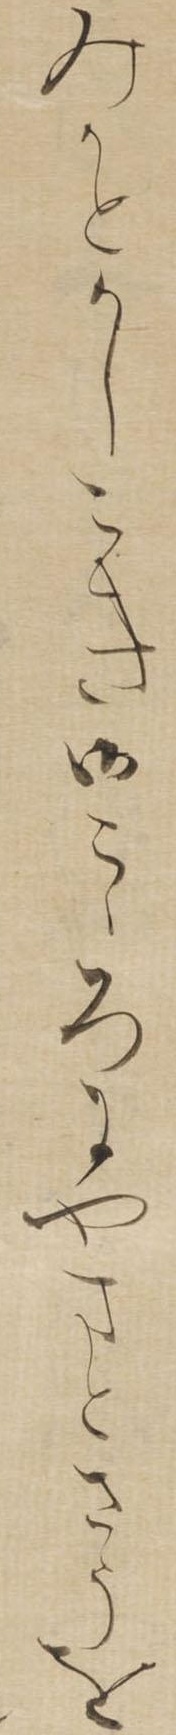
みかとかしこき御こゝろにやまとさうを